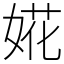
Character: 婲